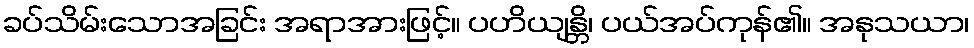
ခပ်သိမ်းသောအခြင်း အရာအားဖြင့်။ ပဟိယျန္တိ၊ ပယ်အပ်ကုန်၏။ အနုသယာ၊